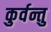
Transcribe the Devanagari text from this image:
कुर्वन्तु